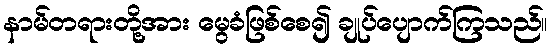
နာမ်တရားတို့အား မွေခံဖြစ်စေ၍ ချုပ်ပျောက်ကြသည်။